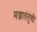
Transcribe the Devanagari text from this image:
मज्जातंतूंची